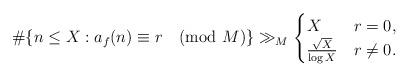
LaTeX: \begin{align*} \#\{ n\leq X : a_{f}(n)\equiv r \pmod{M} \} \gg_{M} \begin{cases}X &r=0,\\\frac{\sqrt{X}}{\log X} &r\neq 0.\end{cases}\end{align*}